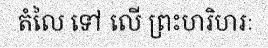
តំលៃ ទៅ លើ ព្រះហរិហរៈ